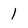
Character: 1